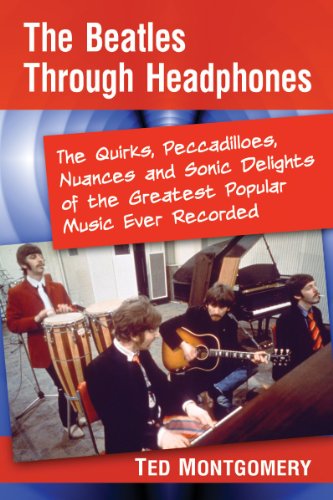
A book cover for The Beatles Through Headphones: The Quirks, Peccadilloes, Nuances and Sonic Delights of the Greatest Popular Music Ever Recorded; Ted Montgomery; Humor & Entertainment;